Annual report on the health of the army in India
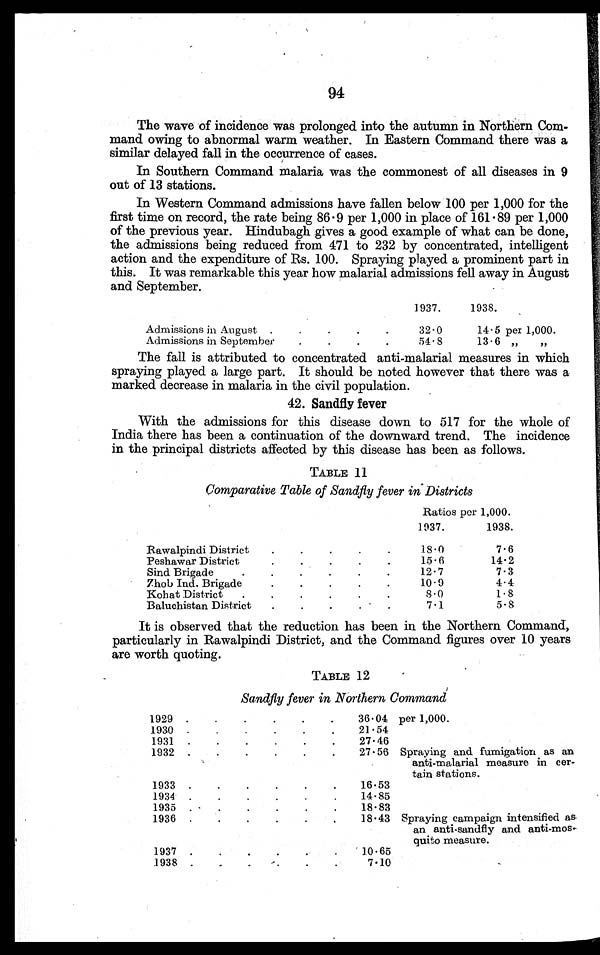
94
The wave of incidence was prolonged into the autumn in Northern Com-
mand owing to abnormal warm weather. In Eastern Command there was a
similar delayed fall in the occurrence of cases.
In Southern Command malaria was the commonest of all diseases in 9
out of 13 stations.
In Western Command admissions have fallen below 100 per 1,000 for the
first time on record, the rate being 86.9 per 1,000 in place of 161.89 per 1,000
of the previous year. Hindubagh gives a good example of what can be done,
the admissions being reduced from 471 to 232 by concentrated, intelligent
action and the expenditure of Rs. 100. Spraying played a prominent part in
this. It was remarkable this year how malarial admissions fell away in August
and September.
1937.
1938.
Admissions in August .
.
.
.
.
32.0
14.5 per 1,000.
Admissions in September
.
.
.
.
54.8
13.6 „
„
The fall is attributed to concentrated anti-malarial measures in which
spraying played a large part. It should be noted however that there was a
marked decrease in malaria in the civil population.
42 . Sandfly fever
With the admissions for this disease down to 517 for the whole of
India there has been a continuation of the downward trend. The incidence
in the principal districts affected by this disease has been as follows.
TABLE 11
Comparative Table of Sandfly fever in Districts
Ratios per 1,000.
1937.
1938.
Rawalpindi District
.
•
.
.
.
18.0
7.6
Peshawar District.
.
.
.
.
15.6
14.2
Sind Brigade
.
.
.
.
.
.
12.7
7.3
Zhob Ind. Brigade
.
.
.
.
.
10.9
4.4
Kohat District
.
.
.
.
.
.
8.0
1.8
Baluchistan District
.
.
.
.
.
7.1
5 . 8
It is observed that the reduction has been in the Northern Command,
particularly in Rawalpindi District, and the Command figures over 10 years
are worth quoting.
TABLE 12
Sandfly fever in Northern Command
1929
.
.
.
.
.
.
36.04 per 1,000.
1930
.
.
.
.
.
.
21 .5 4
1931
.
.
.
.
.
.
27.46
1932
.
.
.
.
.
.
27.56 Spraying and fumigation as an
anti-malarial measure in cer
-
tain stations.
1933
.
.
.
.
.
.
16.53
1934
.
.
.
.
.
.
14.85
1935 . •
.
.
.
.
.
18.83
1936
.
.
.
.
.
.
18.43 Spraying campaign intensified as
an anti-sandfly and anti-mos
quito measure.
1937
.
.
.
.
.
10.65
1938 .
.
.
-.
.
7.10